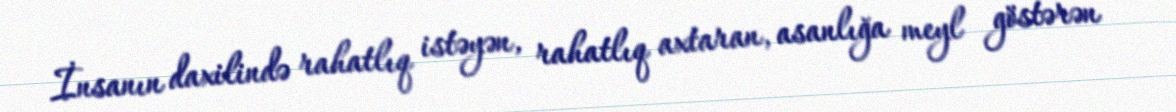
İnsanın daxilində rahatlıq istəyən, rahatlıq axtaran, asanlığa meyl göstərən